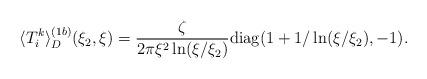
LaTeX: \begin{align*}\langle T_{i}^{k}\rangle ^{(1b)}_D(\xi _2,\xi )= \frac{\zeta }{2\pi \xi ^2\ln (\xi /\xi _2)}{\mathrm{diag}}(1+ 1/\ln(\xi /\xi _2),-1). \end{align*}